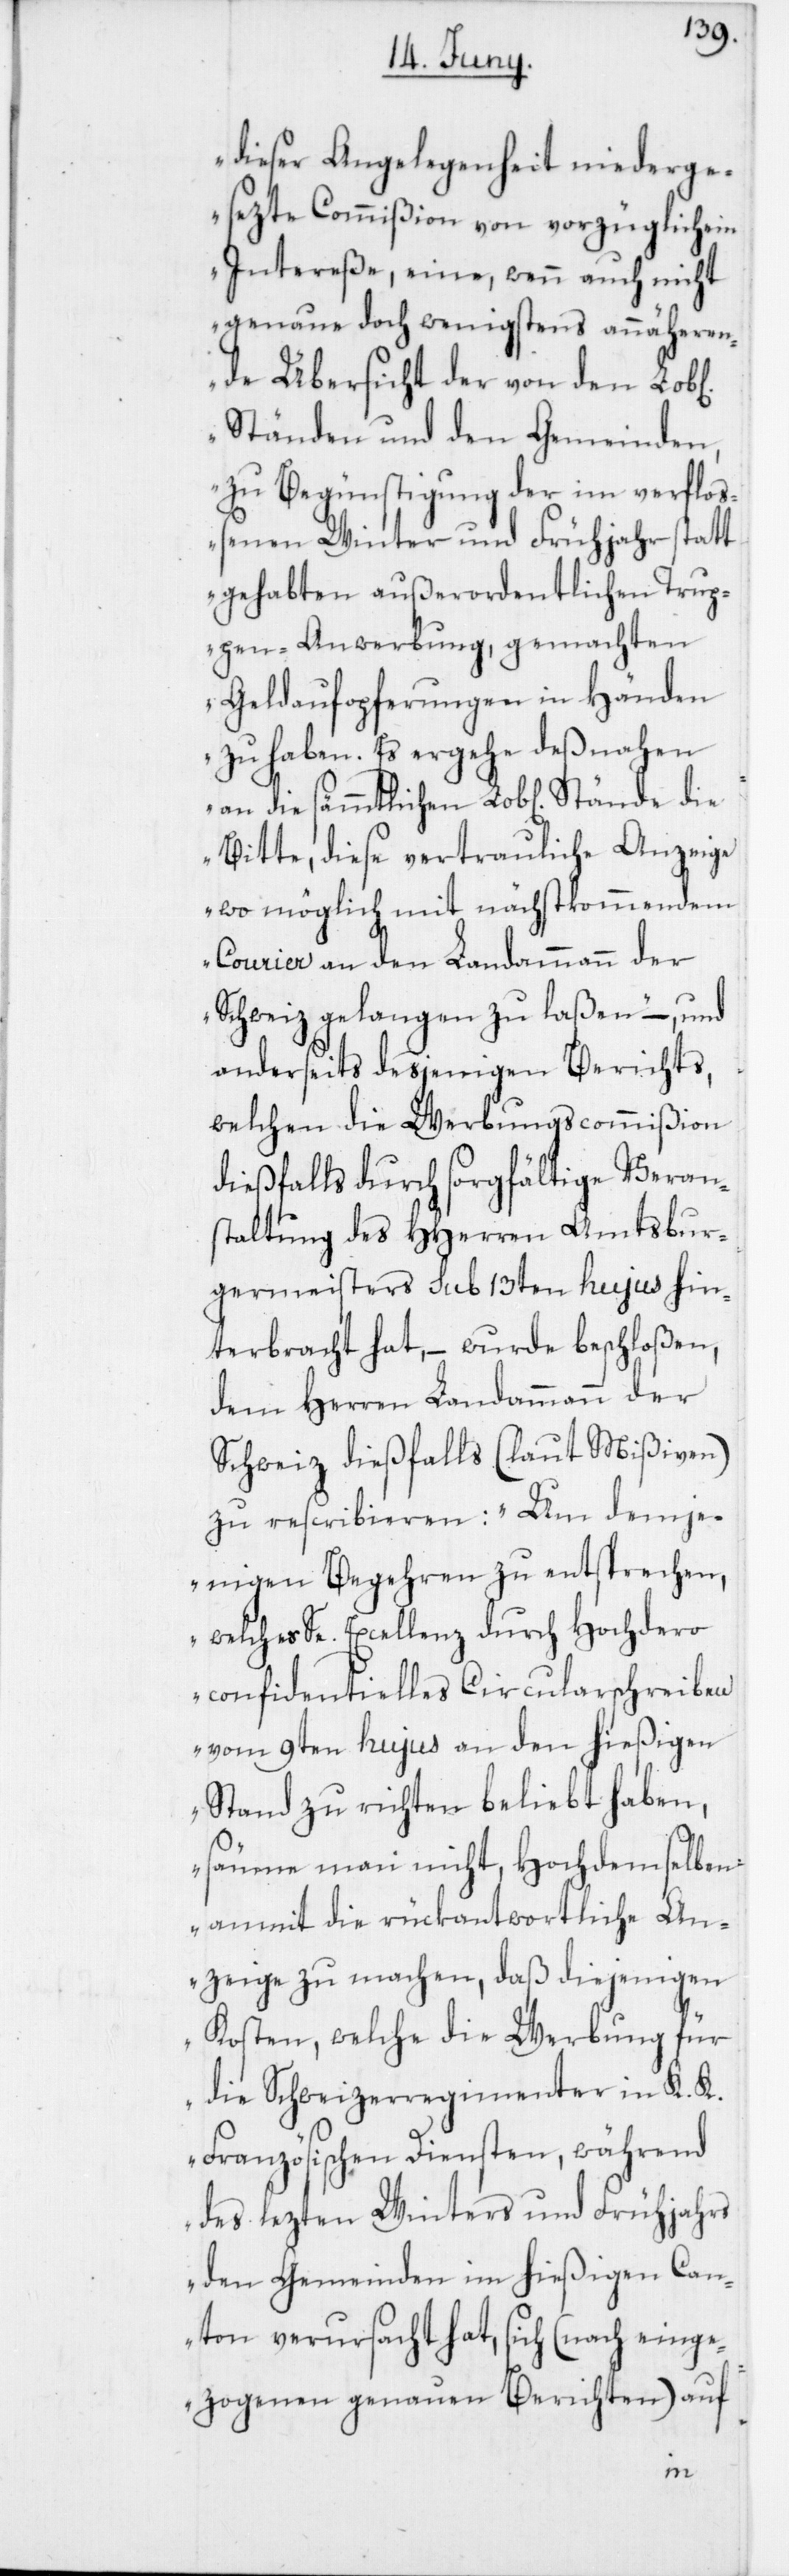
dieser Angelegenheit niederge¬
sezte Commißion von vorzüglichem
Intereße, eine, wenn auch nicht
genaue doch wenigstens annäheren¬
de Übersicht der von den
Ständen und den Gemeinden
zu Begünstigung der im verfloß¬
enen Winter und Frühjahr statt¬
gehabten außerordentlichen Trup¬
pen-Anwerbung, gemachten
Geldaufopferungen in Händen
zu haben. Es ergehe deßnahen
Bitte, diese vertrauliche Anzeige
womöglich mit nächstkommendem
Courier an den Landammann der
Schweiz gelangen zu laßen“ – und
anderseits desjenigen Berichts,
welchen die Werbungscommißion
dießfalls durch sorgfältige Veran¬
staltung des HHerren Amtsbur¬
germeisters sub 13ten hujus hin¬
terbracht hat, – wurde beschloßen,
dem Herren Landammann der
Schweiz dießfalls (laut Mißiven)
zu rescribieren: „Um demje¬
nigen Begehren zu entsprechen,
welches Se. Excellenz durch Hochdero
confidentielles Circularschreiben
vom 9ten hujus an den hießigen
Stand zu richten beliebt haben,
säume man nicht, Hochdemselben
anmit die rückantwortliche An¬
zeige zu machen, daß diejenigen
Kosten, welche die Werbung für
die Schweizerregimenter in K. K.
Französischen Diensten, während
des lezten Winters und Frühjahrs
den Gemeinden im hießigen Can¬
ton verursacht hat, sich (nach einge¬
zogenen genauen Berichten) auf